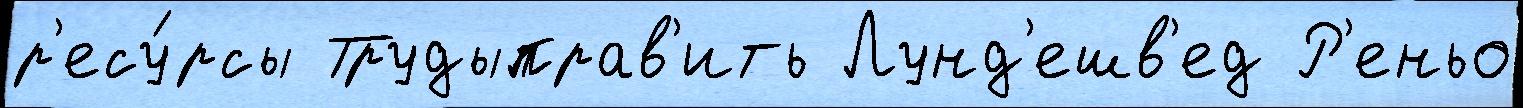
р'есу́рсы Трудыправ'ить Лунд'ешв'ед Р'еньо